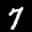
Label: 7